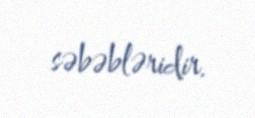
səbəbləridir.